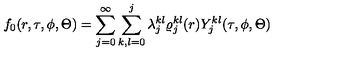
f _ { 0 } ( r , \tau , \phi , \Theta ) = \sum _ { j = 0 } ^ { \infty } \sum _ { k , l = 0 } ^ { j } \lambda _ { j } ^ { k l } \varrho _ { j } ^ { k l } ( r ) Y _ { j } ^ { k l } ( \tau , \phi , \Theta )